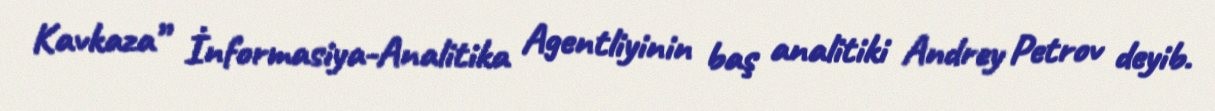
Kavkaza” İnformasiya-Analitika Agentliyinin baş analitiki Andrey Petrov deyib.